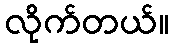
လိုက်တယ်။